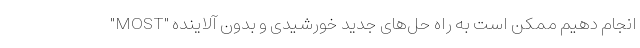
"MOST" انجام دهیم ممکن است به راه حل‌های جدید خورشیدی و بدون آلاینده